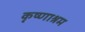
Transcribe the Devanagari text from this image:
कृष्णाश्रम